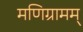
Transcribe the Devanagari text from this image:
मणिग्रामम्